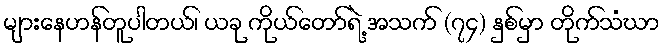
များနေဟန်တူပါတယ်၊ ယခု ကိုယ်တော်ရဲ့ အသက် (၇၄) နှစ်မှာ တိုက်သံဃာ